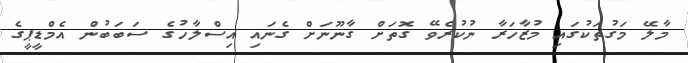
މާލޭ މަގުތަކުގައި މުޒާހަރާ ނުކުރެވޭ ގޮތަށް ގާނޫނަށް ގެނައި އިސްލާހުގެ ސަބަބުން އެމްޑީޕީގެ